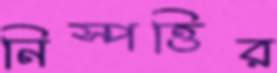
নিস্পত্তির